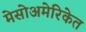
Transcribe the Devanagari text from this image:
मेसोअमेरिकेत